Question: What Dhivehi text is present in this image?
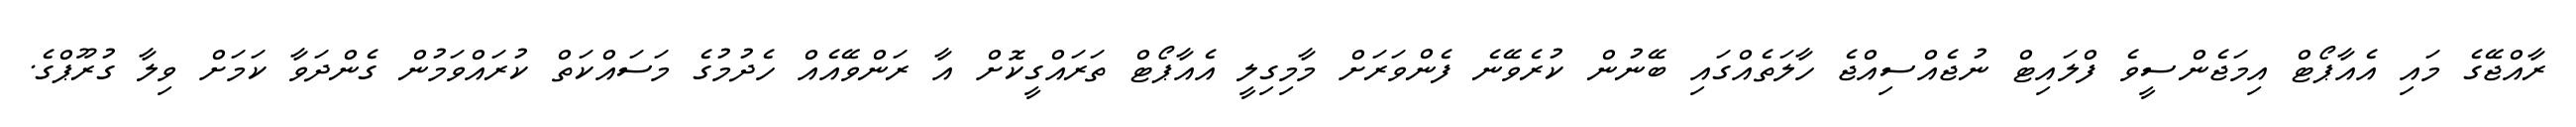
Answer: ރާއްޖޭގެ މައި އެއާޕޯޓް އިމަޖެންސީވެ ފްލައިޓް ނުޖެއްސިއްޖެ ހާލަތެއްގައި ބޭނުން ކުރެވޭނެ ފެންވަރަށް މާމިގިލީ އެއާޕޯޓް ތަރައްގީކޮށް އާ ރަންވޭއެއް ހެދުމުގެ މަސައްކަތް ކުރައްވަމުން ގެންދަވާ ކަމަށް ވިލާ ގުރޫޕްގެ.